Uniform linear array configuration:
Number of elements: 64
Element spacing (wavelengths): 0.25
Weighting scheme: uniform
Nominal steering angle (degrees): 60
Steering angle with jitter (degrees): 58.081
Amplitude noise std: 0.05
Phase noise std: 0.05

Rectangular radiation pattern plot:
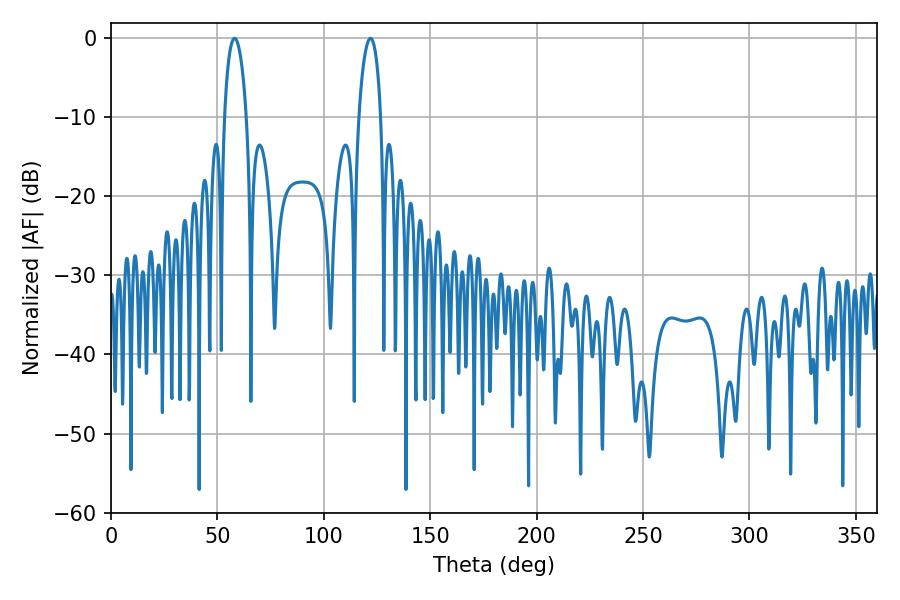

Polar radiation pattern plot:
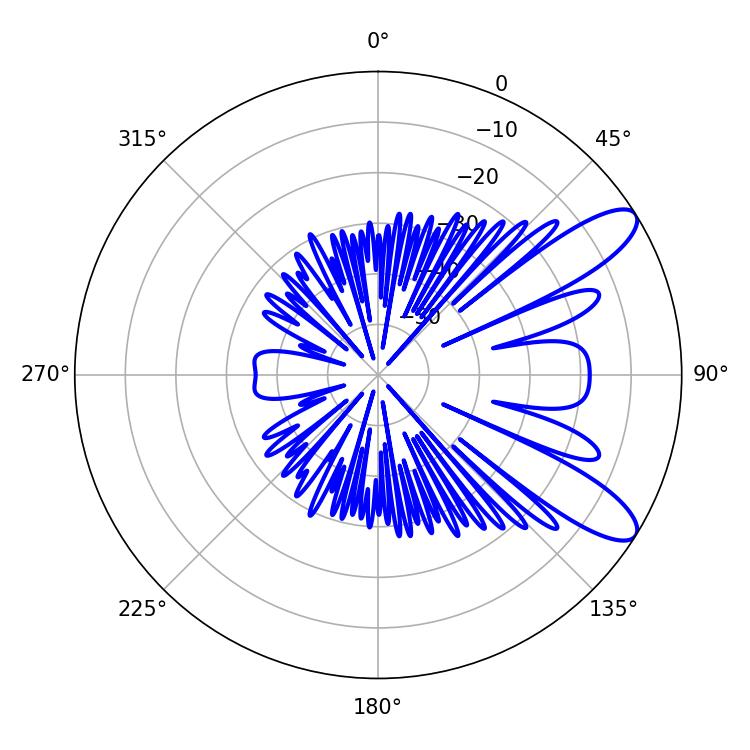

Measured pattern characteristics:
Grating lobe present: FALSE
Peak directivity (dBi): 9.983
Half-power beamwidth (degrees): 5.94
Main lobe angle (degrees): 58.14